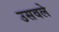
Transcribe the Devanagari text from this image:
उसवले